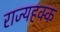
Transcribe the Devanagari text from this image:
राज्यहक्क